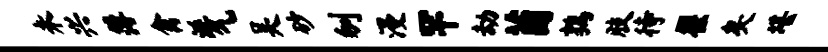
未兴簿禽涎气吴砂刎漫罕劫茵鹑肢待翟矣堪